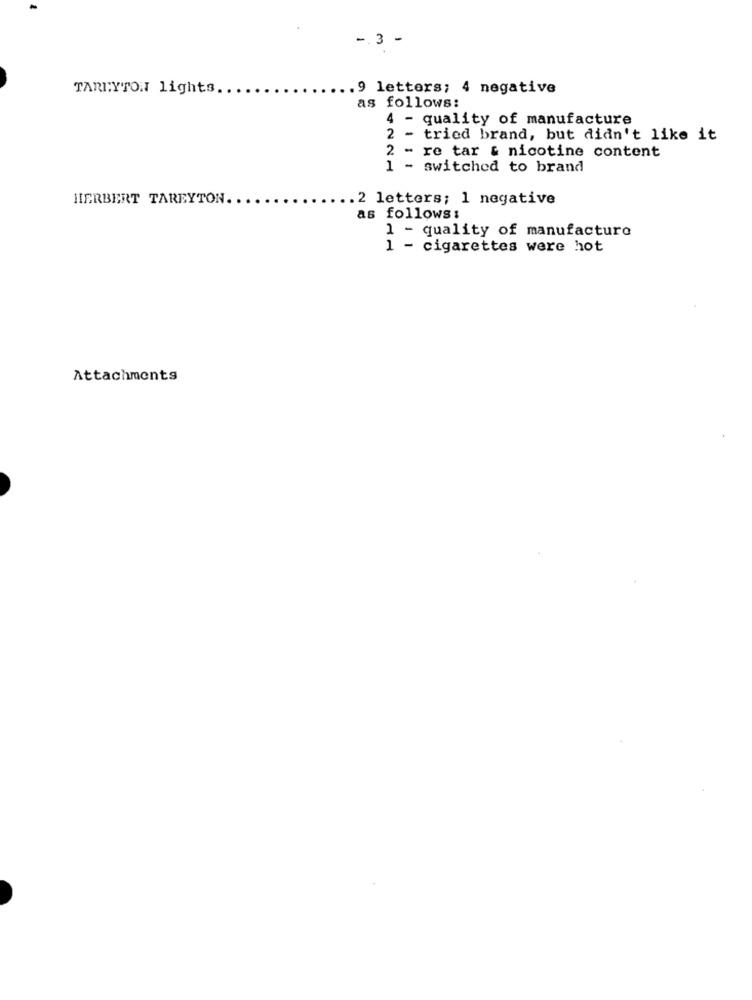
-. 3 -
TARTYTON lights.
.9 letters; 4 negative
as follows:
4 - quality of manufacture
2 -
tried brand, but didn't like it
2 - re tar & nicotine content
1 - switched to brand
HERBERT TAREYTON ..
.2 letters; 1 negative
as follows:
1 - quality of manufacture
1 - cigarettes were hot
Attachments